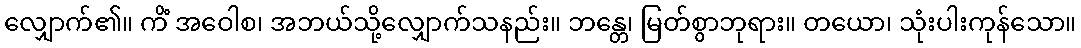
လျှောက်၏။ ကိံ အဝေါစ၊ အဘယ်သို့လျှောက်သနည်း။ ဘန္တေ၊ မြတ်စွာဘုရား။ တယော၊ သုံးပါးကုန်သော။